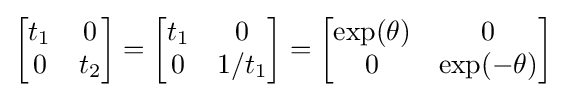
{\begin{bmatrix}t_{1}&0\\0&t_{2}\\\end{bmatrix}}={\begin{bmatrix}t_{1}&0\\0&1/t_{1}\\\end{bmatrix}}={\begin{bmatrix}\exp(\theta )&0\\0&\exp(-\theta )\\\end{bmatrix}}